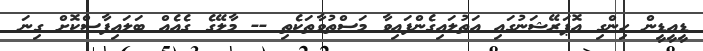
ޑީއީޑީން ހިންގި އޮޕަރޭޝަނުގައި އަތުލައިގެންފައިވާ މަސްތުވާތަކެތި -- މާލޭގެ ގެއެއް ބަލައިފާސްކޮށް ގިނަ